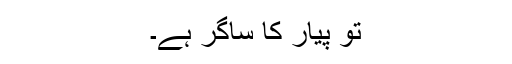
تُو پیار کا ساگر ہے۔